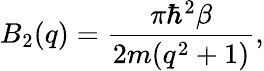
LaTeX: B_{2}(q)=\frac{\pi\hbar^{2}\beta}{2m(q^{2}+1)},